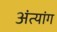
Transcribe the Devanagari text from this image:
अंत्यांग